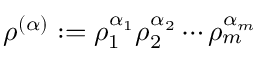
\rho ^ { ( \alpha ) } : = \rho _ { 1 } ^ { \alpha _ { 1 } } \rho _ { 2 } ^ { \alpha _ { 2 } } \dotsm \rho _ { m } ^ { \alpha _ { m } }